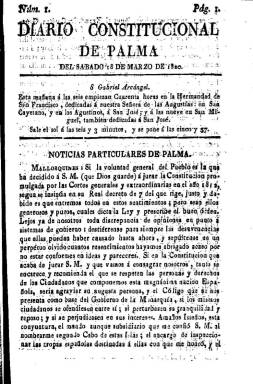
Título: Diario constitucional de Palma
Otros títulos: Título desde 21 sept. 1820 a 31 dic. 1822: Diario constitucional, político y mercantil de Palma
Colección: Periódicos anteriores a 1850
Ámbito geográfico: Baleares
Lugar de publicación: Palma de Mallorca
Fechas: 18/03/1820-05/11/1823

Con este título empezó a publicarse, el 18 de marzo de 1820, el que desde 1814 venía siendo el Diario balear del impresor Felipe Guasp, sumándose así a la prensa del Trienio Liberal (1820-1823) en las Islas Baleares. Igual que su predecesor, Diario Constitucional de Palma seguirá componiéndose a una columna hasta que, el 21 de septiembre de ese mismo año 1820, lo haga a dos columnas y modifique de nuevo su cabecera para ampliarla a: Diario constitucional, político y mercantil de Palma. Antes de que acabe el periodo, a partir del uno de enero de 1823 reducirá de nuevo su título, hasta que deje de publicarse el cinco de noviembre de ese año.

Señala Durán López (2006) que Guasp se sumó con esta cabecera “a la nueva ola de libertad” en 1820, “dando cabida a una gama de contenidos muchos más libres y variados, que incluyen polémica política, extractos de otros periódicos españoles y muchos textos comunicados”. Agrega que defenderá el nuevo régimen constitucional, pero desde una posición apegada al poder de los sectores más moderados del liberalismo, soliendo reproducir textos de los también templados periódicos madrileños El Universal (1820-1823) y El Espectador (1821-1823).

El diario de Guasp será “el rival natural” de periódicos y periodistas mallorquines liberales que sacaron por su parte el Correo constitucional… (1820), El Atleta de la libertad (1822), El Eco de Colom (1823) y el Diario patriótico… (1823), desde una posición avanzada.

Como los periódicos de la época, tras el santoral, ofrece noticias de España y del extranjero, publica artículos remitidos o comunicados, pronunciamientos o discursos de las autoridades y, al final, noticias locales, como era el movimiento portuario.

A los dos días de dejar de publicarse Diario constitucional de Palma, el siete de noviembre de 1823, Guasp recobró el viejo título: Diario balear, siendo durante la Década Ominosa (1823-1833) el único editado en Baleares.